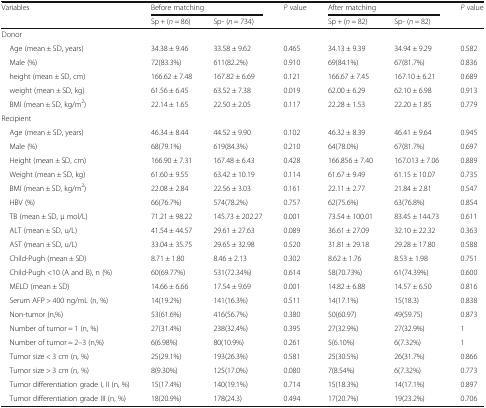
<table><thead><tr><td rowspan="2"><b>Variables</b></td><td colspan="2"><b>Before matching</b></td><td rowspan="2"><b><i>P</i> value</b></td><td colspan="2"><b>After matching</b></td><td rowspan="2"><b><i>P</i> value</b></td></tr><tr><td><b>Sp + (<i>n</i> = 86)</b></td><td><b>Sp- (<i>n</i> = 734)</b></td><td><b>Sp + (<i>n</i> = 82)</b></td><td><b>Sp- (<i>n</i> = 82)</b></td></tr></thead><tbody><tr><td colspan="7">Donor</td></tr><tr><td> Age (mean ± SD, years)</td><td>34.38 ± 9.46</td><td>33.58 ± 9.62</td><td>0.465</td><td>34.13 ± 9.39</td><td>34.94 ± 9.29</td><td>0.582</td></tr><tr><td> Male (%)</td><td>72(83.3%)</td><td>611(82.2%)</td><td>0.910</td><td>69(84.1%)</td><td>67(81.7%)</td><td>0.836</td></tr><tr><td> height (mean ± SD, cm)</td><td>166.62 ± 7.48</td><td>167.82 ± 6.69</td><td>0.121</td><td>166.67 ± 7.45</td><td>167.10 ± 6.21</td><td>0.689</td></tr><tr><td> weight (mean ± SD, kg)</td><td>61.56 ± 6.45</td><td>63.52 ± 7.38</td><td>0.019</td><td>62.00 ± 6.29</td><td>62.10 ± 6.98</td><td>0.913</td></tr><tr><td> BMI (mean ± SD, kg/m<sup>2</sup>)</td><td>22.14 ± 1.65</td><td>22.50 ± 2.05</td><td>0.117</td><td>22.28 ± 1.53</td><td>22.20 ± 1.85</td><td>0.779</td></tr><tr><td colspan="7">Recipient</td></tr><tr><td> Age (mean ± SD, years)</td><td>46.34 ± 8.44</td><td>44.52 ± 9.90</td><td>0.102</td><td>46.32 ± 8.39</td><td>46.41 ± 9.64</td><td>0.945</td></tr><tr><td> Male (%)</td><td>68(79.1%)</td><td>619(84.3%)</td><td>0.210</td><td>64(78.0%)</td><td>67(81.7%)</td><td>0.697</td></tr><tr><td> Height (mean ± SD, cm)</td><td>166.90 ± 7.31</td><td>167.48 ± 6.43</td><td>0.428</td><td>166.856 ± 7.40</td><td>167.013 ± 7.06</td><td>0.889</td></tr><tr><td> Weight (mean ± SD, kg)</td><td>61.60 ± 9.55</td><td>63.42 ± 10.19</td><td>0.114</td><td>61.67 ± 9.49</td><td>61.15 ± 10.07</td><td>0.735</td></tr><tr><td> BMI (mean ± SD, kg/m<sup>2</sup>)</td><td>22.08 ± 2.84</td><td>22.56 ± 3.03</td><td>0.161</td><td>22.11 ± 2.77</td><td>21.84 ± 2.81</td><td>0.547</td></tr><tr><td> HBV (%)</td><td>66(76.7%)</td><td>574(78.2%)</td><td>0.757</td><td>62(75.6%)</td><td>63(76.8%)</td><td>0.854</td></tr><tr><td> TB (mean ± SD, μ mol/L)</td><td>71.21 ± 98.22</td><td>145.73 ± 202.27</td><td>0.001</td><td>73.54 ± 100.01</td><td>83.45 ± 144.73</td><td>0.611</td></tr><tr><td> ALT (mean ± SD, u/L)</td><td>41.54 ± 44.57</td><td>29.61 ± 27.63</td><td>0.089</td><td>36.61 ± 27.09</td><td>32.10 ± 22.32</td><td>0.363</td></tr><tr><td> AST (mean ± SD, u/L)</td><td>33.04 ± 35.75</td><td>29.65 ± 32.98</td><td>0.520</td><td>31.81 ± 29.18</td><td>29.28 ± 17.80</td><td>0.588</td></tr><tr><td> Child-Pugh (mean ± SD)</td><td>8.71 ± 1.80</td><td>8.46 ± 2.13</td><td>0.302</td><td>8.62 ± 1.76</td><td>8.53 ± 1.98</td><td>0.751</td></tr><tr><td> Child-Pugh &lt;10 (A and B), n (%)</td><td>60(69.77%)</td><td>531(72.34%)</td><td>0.614</td><td>58(70.73%)</td><td>61(74.39%)</td><td>0.600</td></tr><tr><td> MELD (mean ± SD)</td><td>14.66 ± 6.66</td><td>17.54 ± 9.69</td><td>0.001</td><td>14.82 ± 6.88</td><td>14.57 ± 6.50</td><td>0.816</td></tr><tr><td> Serum AFP &gt; 400 ng/mL (n, %)</td><td>14(19.2%)</td><td>141(16.3%)</td><td>0.511</td><td>14(17.1%)</td><td>15(18.3)</td><td>0.838</td></tr><tr><td> Non-tumor (n,%)</td><td>53(61.6%)</td><td>416(56.7%)</td><td>0.380</td><td>50(60.97)</td><td>49(59.75)</td><td>0.873</td></tr><tr><td> Number of tumor = 1 (n, %)</td><td>27(31.4%)</td><td>238(32.4%)</td><td>0.395</td><td>27(32.9%)</td><td>27(32.9%)</td><td>1</td></tr><tr><td> Number of tumor = 2–3 (n,%)</td><td>6(6.98%)</td><td>80(10.9%)</td><td>0.261</td><td>5(6.10%)</td><td>6(7.32%)</td><td>1</td></tr><tr><td> Tumor size &lt; 3 cm (n, %)</td><td>25(29.1%)</td><td>193(26.3%)</td><td>0.581</td><td>25(30.5%)</td><td>26(31.7%)</td><td>0.866</td></tr><tr><td> Tumor size &gt; 3 cm (n, %)</td><td>8(9.30%)</td><td>125(17.0%)</td><td>0.080</td><td>7(8.54%)</td><td>6(7.32%)</td><td>0.773</td></tr><tr><td> Tumor differentiation grade I, II (n, %)</td><td>15(17.4%)</td><td>140(19.1%)</td><td>0.714</td><td>15(18.3%)</td><td>14(17.1%)</td><td>0.897</td></tr><tr><td> Tumor differentiation grade III (n, %)</td><td>18(20.9%)</td><td>178(24.3)</td><td>0.494</td><td>17(20.7%)</td><td>19(23.2%)</td><td>0.706</td></tr></tbody></table>